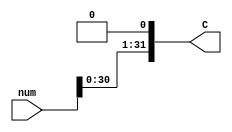
module shiftLeft(input [31:0]num ,output[31:0] C);
assign  C ={num[30:0],1'b0}; 
endmodule